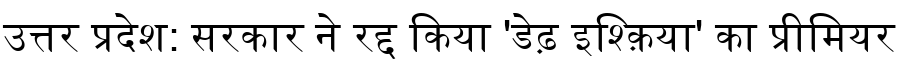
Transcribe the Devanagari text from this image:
उत्तर प्रदेश: सरकार ने रद्द किया 'डेढ़ इश्क़िया' का प्रीमियर